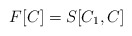
\begin{align*}F[C] = S[C_1 , C] \end{align*}